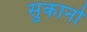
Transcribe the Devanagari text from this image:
सुकानो